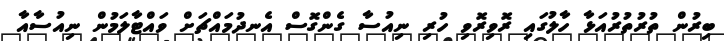
ބިރުން ތުރުތުރުއަޅާ ހާލުގައި ރޮވިރޮވި ހުރި ނިއުސާ ގެންގޮސް އެނދުމައްޗަށް ވައްޓާލަމުން ނިއުސާއާ